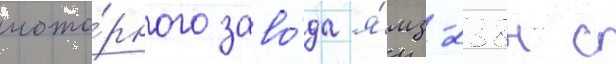
мото́рного заво́да я́мз-238н с